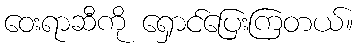
ဝေးရာဆီကို ရှောင်ပြေးကြတယ်။